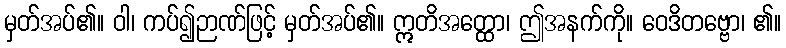
မှတ်အပ်၏။ ဝါ၊ ကပ်၍ဉာဏ်ဖြင့် မှတ်အပ်၏။ ဣတိအတ္ထော၊ ဤအနက်ကို။ ဝေဒိတဗ္ဗော၊ ၏။